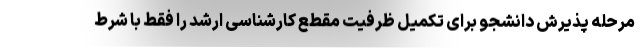
مرحله پذیرش دانشجو برای تکمیل ظرفیت مقطع کارشناسی ارشد را فقط با شرط